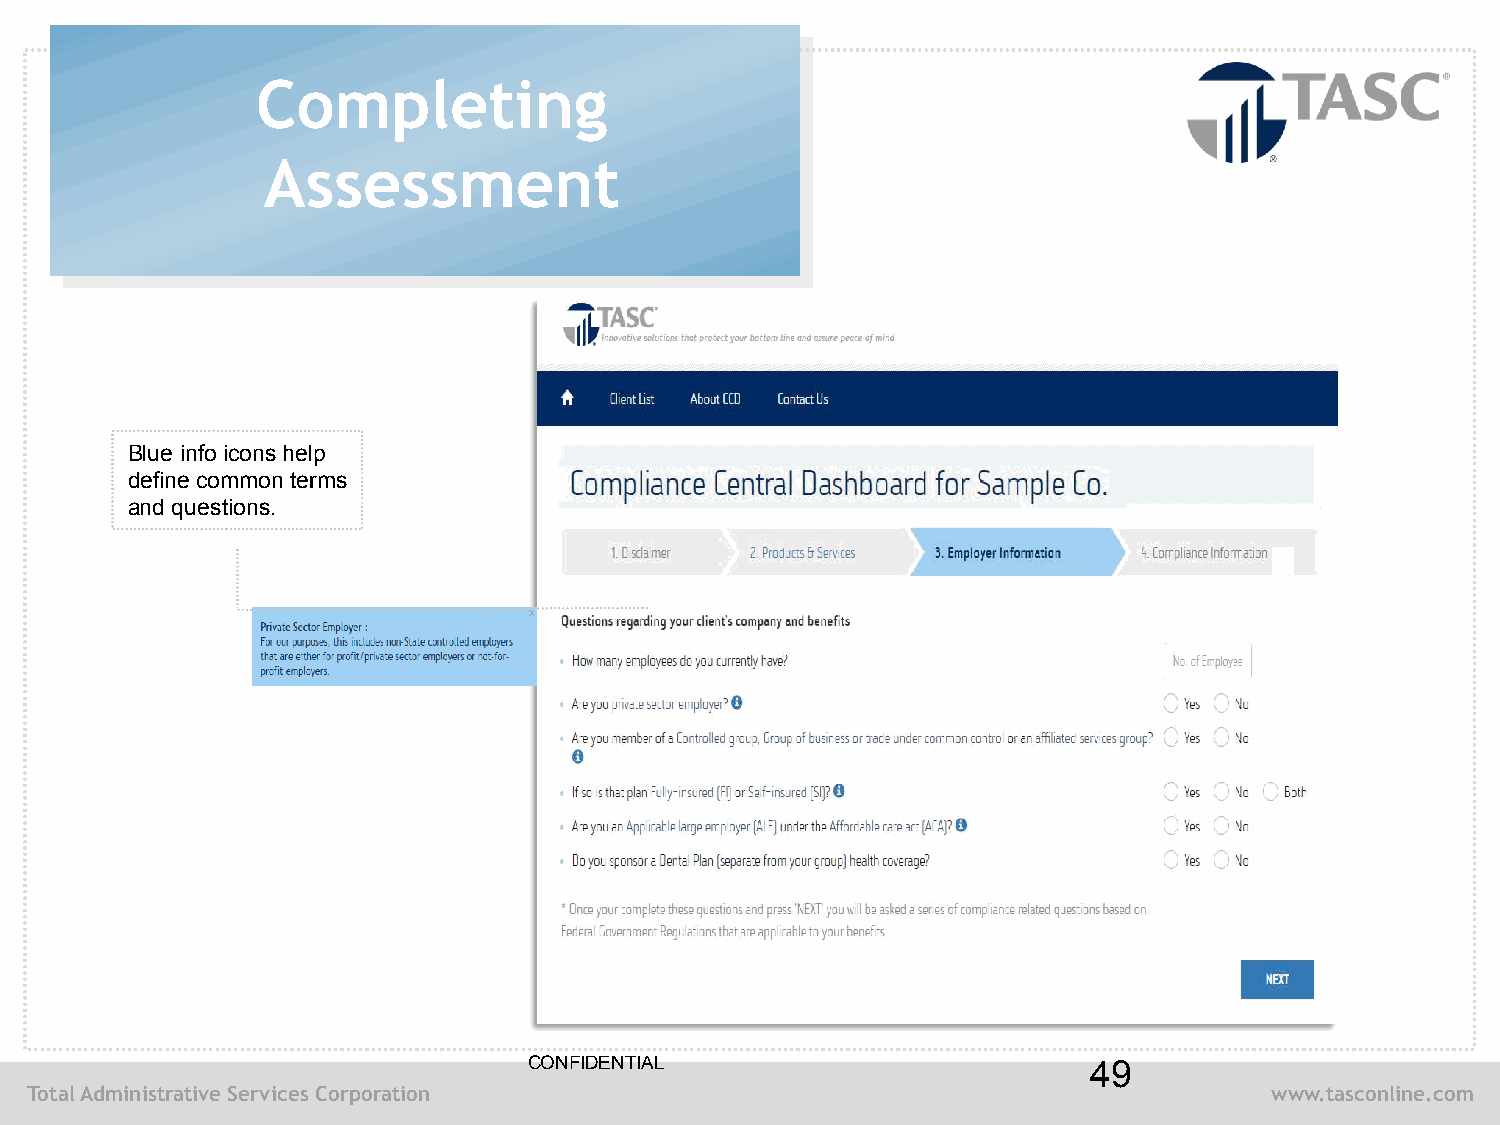
Completing
 Assessment
 Blue info icons help
 define common terms
 and questions.
 CONFIDENTIAL                         49
 Total Administrative Services Corporation                                         www.tasconline.com